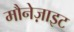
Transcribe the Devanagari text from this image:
मौनेज़ाइट